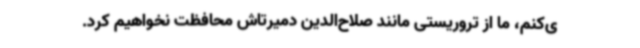
ی‌کنم، ما از تروریستی مانند صلاح‌الدین دمیرتاش محافظت نخواهیم کرد.